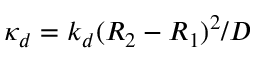
\kappa _ { d } = k _ { d } ( R _ { 2 } - R _ { 1 } ) ^ { 2 } / D